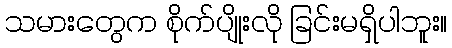
သမားတွေက စိုက်ပျိုးလို ခြင်းမရှိပါဘူး။